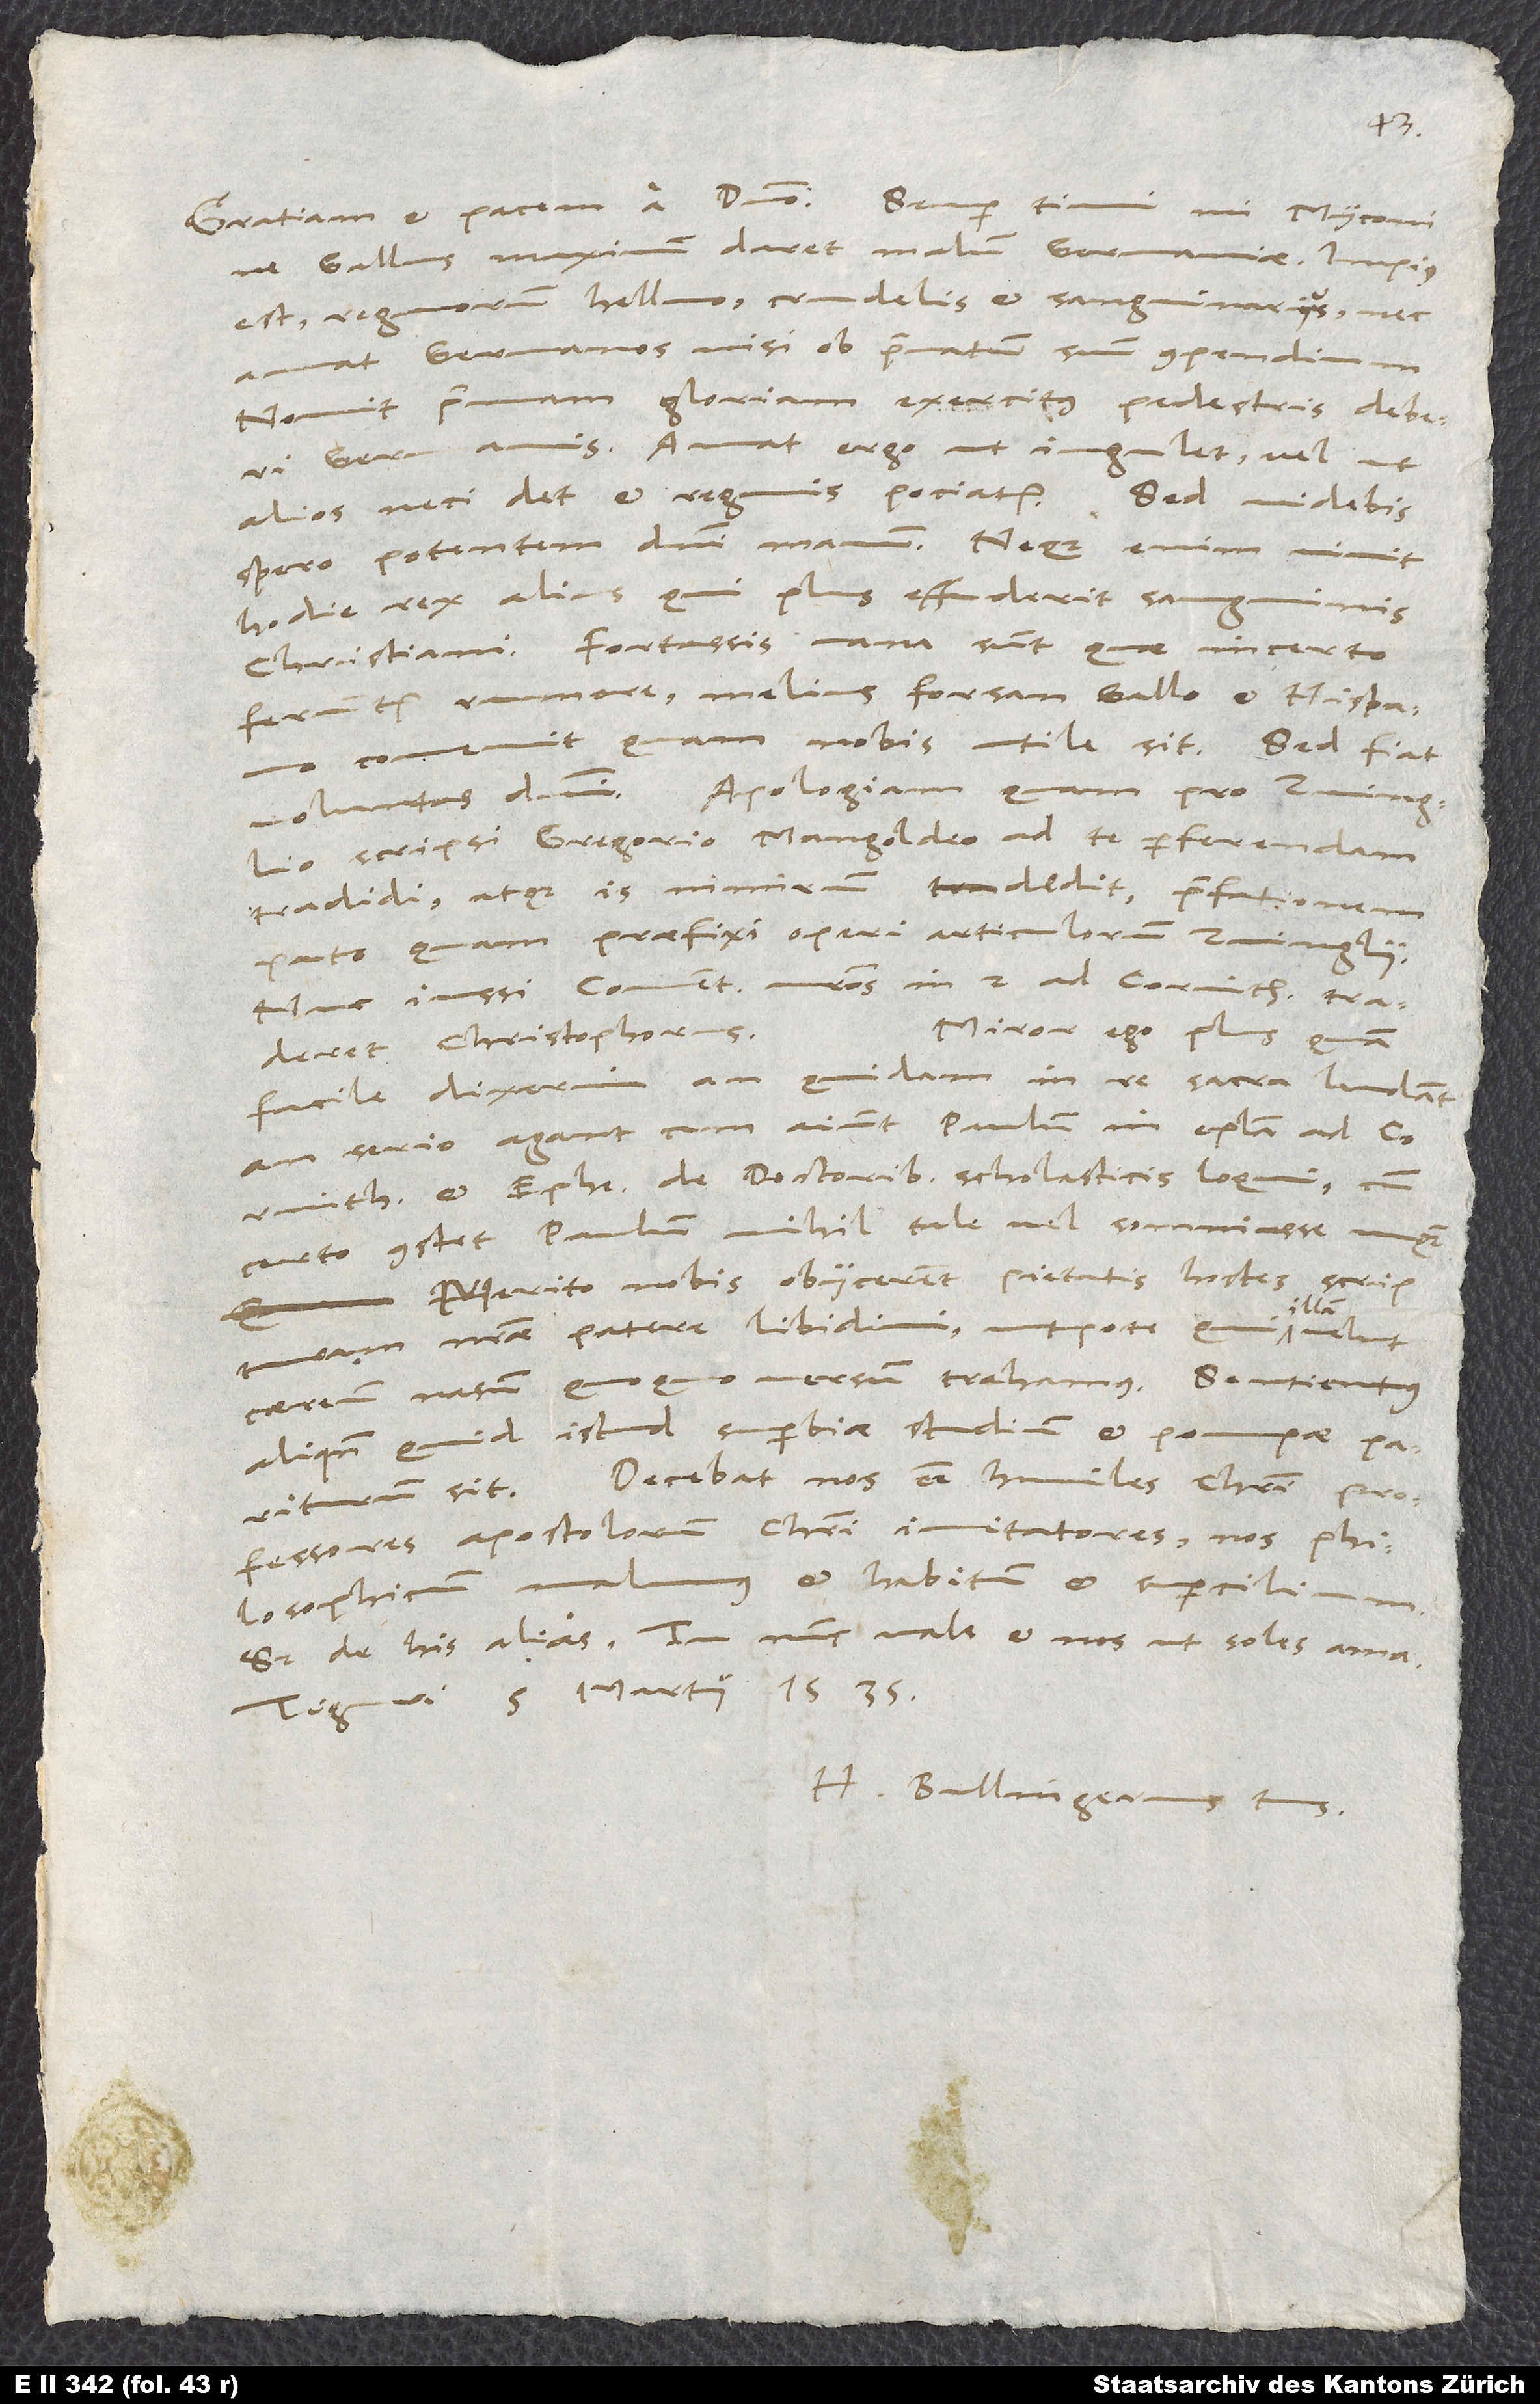
ne Gallus maximum daret malum Germaniae. Impius
est, regnorum helluo, crudelis et sanguinarius, nec
amat Germanos nisi ob privatum suum compendium.
Novit primam gloriam exercitus pedestris deberi
Germanis. Amat ergo, ut iugulet vel ut
alios neci det et regnis pociatur. Sed videbis,
spero, potentem domini manum. Neque enim vivit
hodie rex alius, qui plus effuderit sanguinis
christiani. Fortassis vana sunt, quae incerto
feruntur rumore; melius forsan Gallo et Hispano
convenit, quam nobis utile sit. Sed fiat
scripsi, Gregorio Mangoldeo ad te perferendam
tradidi atque is nimirum dedit, praefationem
puto, quam praefixi Operi articulorum Zvinglii.
Nunc iussi, Commentarios nostros in 2. ad Corinthios traderet
Miror ego plus, quam
Christophorus.
facile dixerim, an quidam in re sacra ludant
serio agant, cum aiunt Paulum in epistola ad Corinthios
et Ephesios de doctoribus scholasticis loqui, cum
certo constet Paulum nihil tale vel somniasse unquam.
Merito nobis obiicerent pietatis hostes scripturam
illam
nostrae patere libidini, utpote qui
caereum nasum quoquoversum trahamus. Sentiemus
aliquando, quid istud superbiae studium et pompae pariturum
sit. Decebat nos esse humiles Christi
professores, apostolorum Christi imitatores. Nos philosophicum
malumus et habitum et supercilium.
Tiguri, 5. martii 1535.
H. Bullingerus tuus.